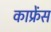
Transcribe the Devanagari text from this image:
काफ्रेंस